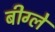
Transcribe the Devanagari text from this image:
बीग्ले